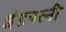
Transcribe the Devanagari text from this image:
इंद्रपत्‍नी